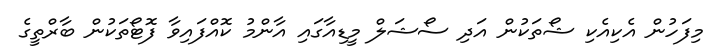
މިފަހުން އެކިއެކި ޝޯތަކުން އަދި ސޯޝަލް މީޑިއާގައި އާންމު ކޮއްފައިވާ ފޮޓޯތަކުން ބާރްތީގެ